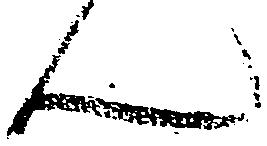
ん